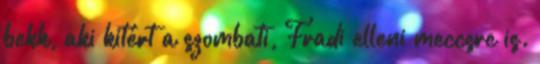
bekk, aki kitért a szombati, Fradi elleni meccsre is.